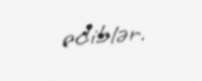
ediblər.